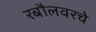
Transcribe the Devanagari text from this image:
रबौलवरचे